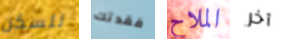
للسكن فقدتك الملاح آخر